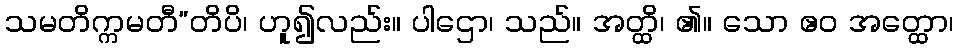
သမတိက္ကမတီ”တိပိ၊ ဟူ၍လည်း။ ပါဌော၊ သည်။ အတ္ထိ၊ ၏။ သော ဧဝ အတ္ထော၊